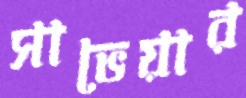
সাভেয়ার